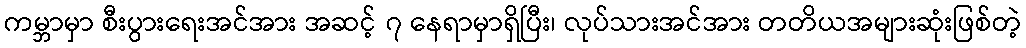
ကမ္ဘာမှာ စီးပွားရေးအင်အား အဆင့် ၇ နေရာမှာရှိပြီး၊ လုပ်သားအင်အား တတိယအများဆုံးဖြစ်တဲ့